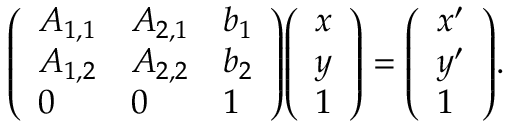
{ \left( \begin{array} { l l l } { A _ { 1 , 1 } } & { A _ { 2 , 1 } } & { b _ { 1 } } \\ { A _ { 1 , 2 } } & { A _ { 2 , 2 } } & { b _ { 2 } } \\ { 0 } & { 0 } & { 1 } \end{array} \right) } { \left( \begin{array} { l } { x } \\ { y } \\ { 1 } \end{array} \right) } = { \left( \begin{array} { l } { x ^ { \prime } } \\ { y ^ { \prime } } \\ { 1 } \end{array} \right) } .